Insane asylums in Bengal annual reports 1867-1875 - 1867-1875
Year: 1867
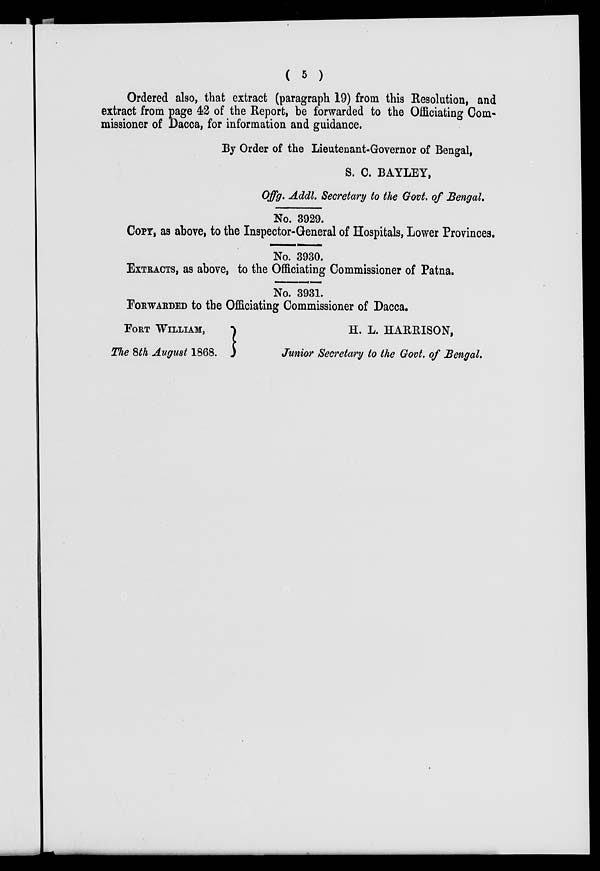
( 5 )
Ordered also, that extract (paragraph 19) from this Resolution, and
extract from page 42 of the Report, be forwarded to the Officiating Com-
missioner of Dacca, for information and guidance.
By Order of the Lieutenant-Governor of Bengal,
S. C. BAYLEY,
Offg. Addl. Secretary to the Govt. of Bengal.
No. 3929.
COPY, as above, to the Inspector-General of Hospitals, Lower Provinces.
No. 3930.
EXTRACTS, as above, to the Officiating Commissioner of Patna.
No. 3931.
FORWARDED to the Officiating Commissioner of Dacca.
FORT WILLIAM,
H. L. HARRISON,
The 8th August 1868.
Junior Secretary to the Govt. of Bengal.